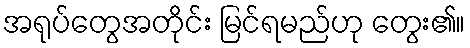
အရုပ်တွေအတိုင်း မြင်ရမည်ဟု တွေး၏။